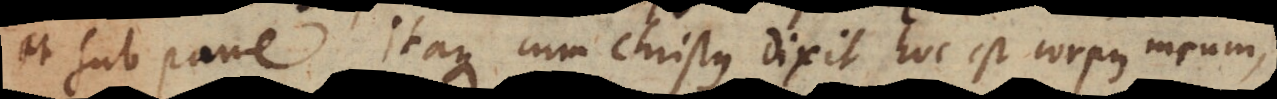
et sub pane. Itaque cum Christus dixit hoc est corpus meum,